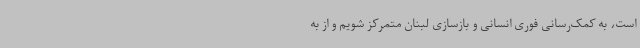
است، به کمک‌رسانی فوری انسانی و بازسازی لبنان متمرکز شویم و از به